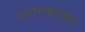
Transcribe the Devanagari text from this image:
प्रयोगकर्त्‍ता